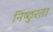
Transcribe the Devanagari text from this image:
निष्‍ठुरता